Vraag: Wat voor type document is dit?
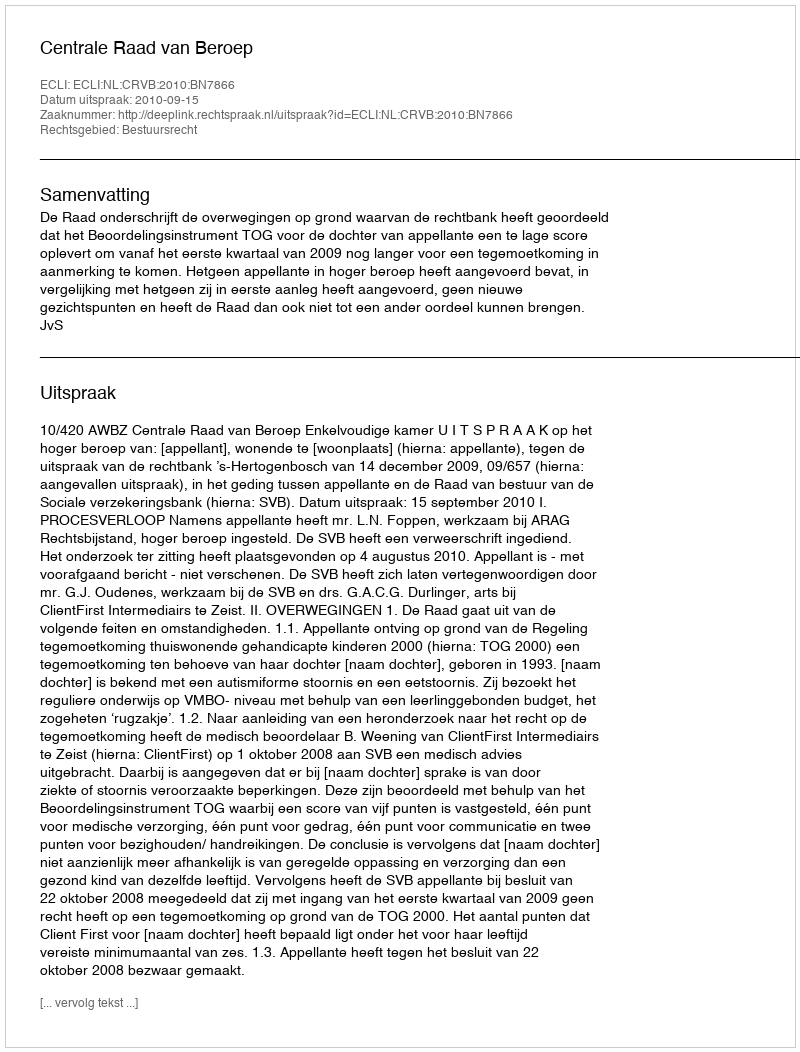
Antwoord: Uitspraak